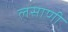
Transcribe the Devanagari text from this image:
लसाणी